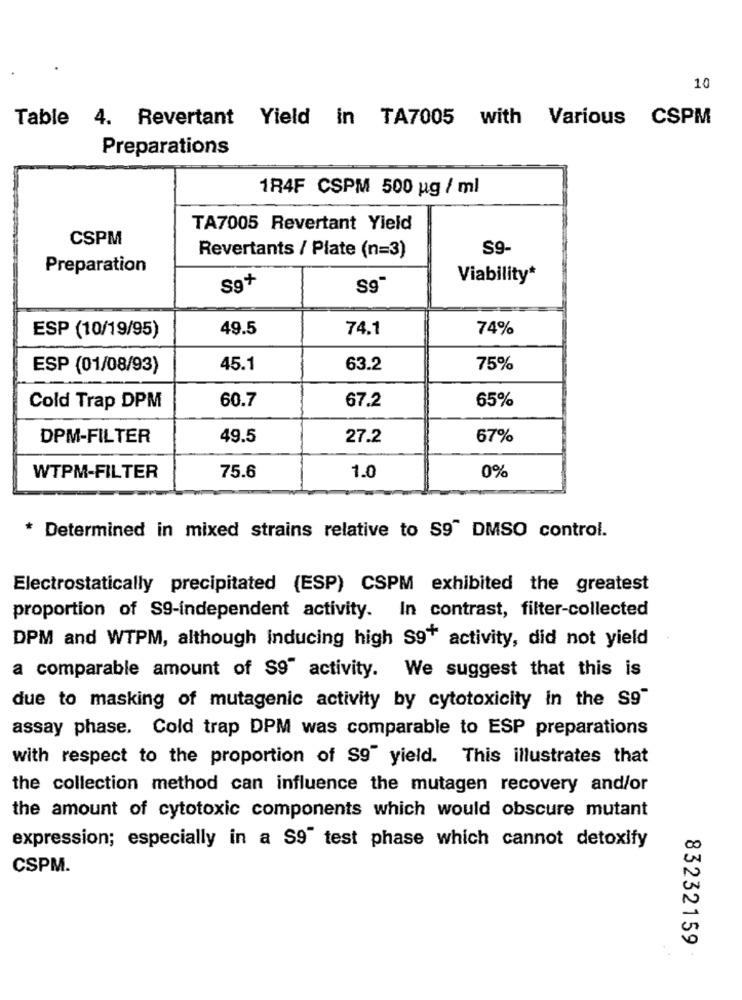
10
Table 4. Revertant Yield in TA7005 with Various CSPM
Preparations
1R4F CSPM 500 g / ml
TA7005 Revertant Yield
CSPM
S9-
Revertants / Plate (n=3)
Preparation
Viability*
Sg+
S9
ESP (10/19/95)
49.5
74.1
74%
ESP (01/08/93)
45.1
63.2
75%
60.7
67.2
65%
Cold Trap DPM
DPM-FILTER
49.5
27.2
67%
WTPM-FILTER
75.6
1.0
0%
* Determined in mixed strains relative to S9" DMSO control.
Electrostatically precipitated (ESP) CSPM exhibited the greatest
proportion of S9-independent activity. In contrast, filter-collected
DPM and WTPM, although Inducing high S9+ activity, did not yield
a comparable amount of S9" activity. We suggest that this is
due to masking of mutagenic activity by cytotoxicity in the S9"
assay phase. Cold trap DPM was comparable to ESP preparations
with respect to the proportion of S9" yield. This illustrates that
the collection method can influence the mutagen recovery and/or
the amount of cytotoxic components which would obscure mutant
expression; especially in a S9" test phase which cannot detoxify
CO
CSPM.
N
83232159